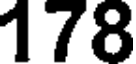
178